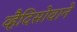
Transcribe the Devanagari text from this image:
व्हैदिसोवाने